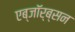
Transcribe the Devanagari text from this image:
एब्जॉर्ब्सन